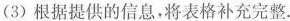
(3)根据提供的信息，将表格补充完整.